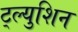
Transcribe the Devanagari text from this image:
ट्ल्युशिन